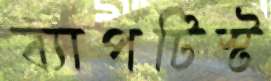
ব্যাপটিস্ট